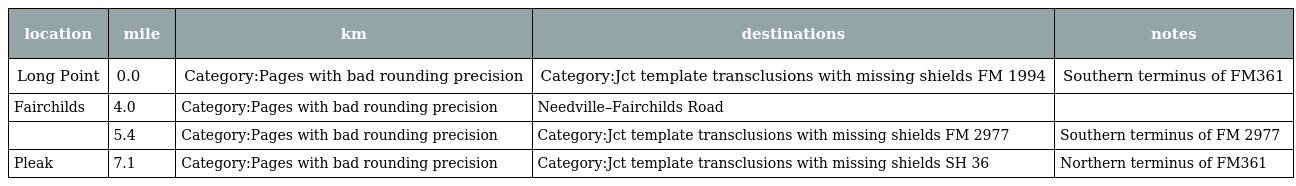
| location | mile | km | destinations | notes |
 | --- | --- | --- | --- | --- |
 | Long Point | 0.0 | Category:Pages with bad rounding precision | Category:Jct template transclusions with missing shields FM 1994 | Southern terminus of FM361 |
 | Fairchilds | 4.0 | Category:Pages with bad rounding precision | Needville–Fairchilds Road |  |
 |  | 5.4 | Category:Pages with bad rounding precision | Category:Jct template transclusions with missing shields FM 2977 | Southern terminus of FM 2977 |
 | Pleak | 7.1 | Category:Pages with bad rounding precision | Category:Jct template transclusions with missing shields SH 36 | Northern terminus of FM361 |